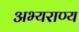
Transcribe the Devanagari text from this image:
अभ्‍यराण्‍य